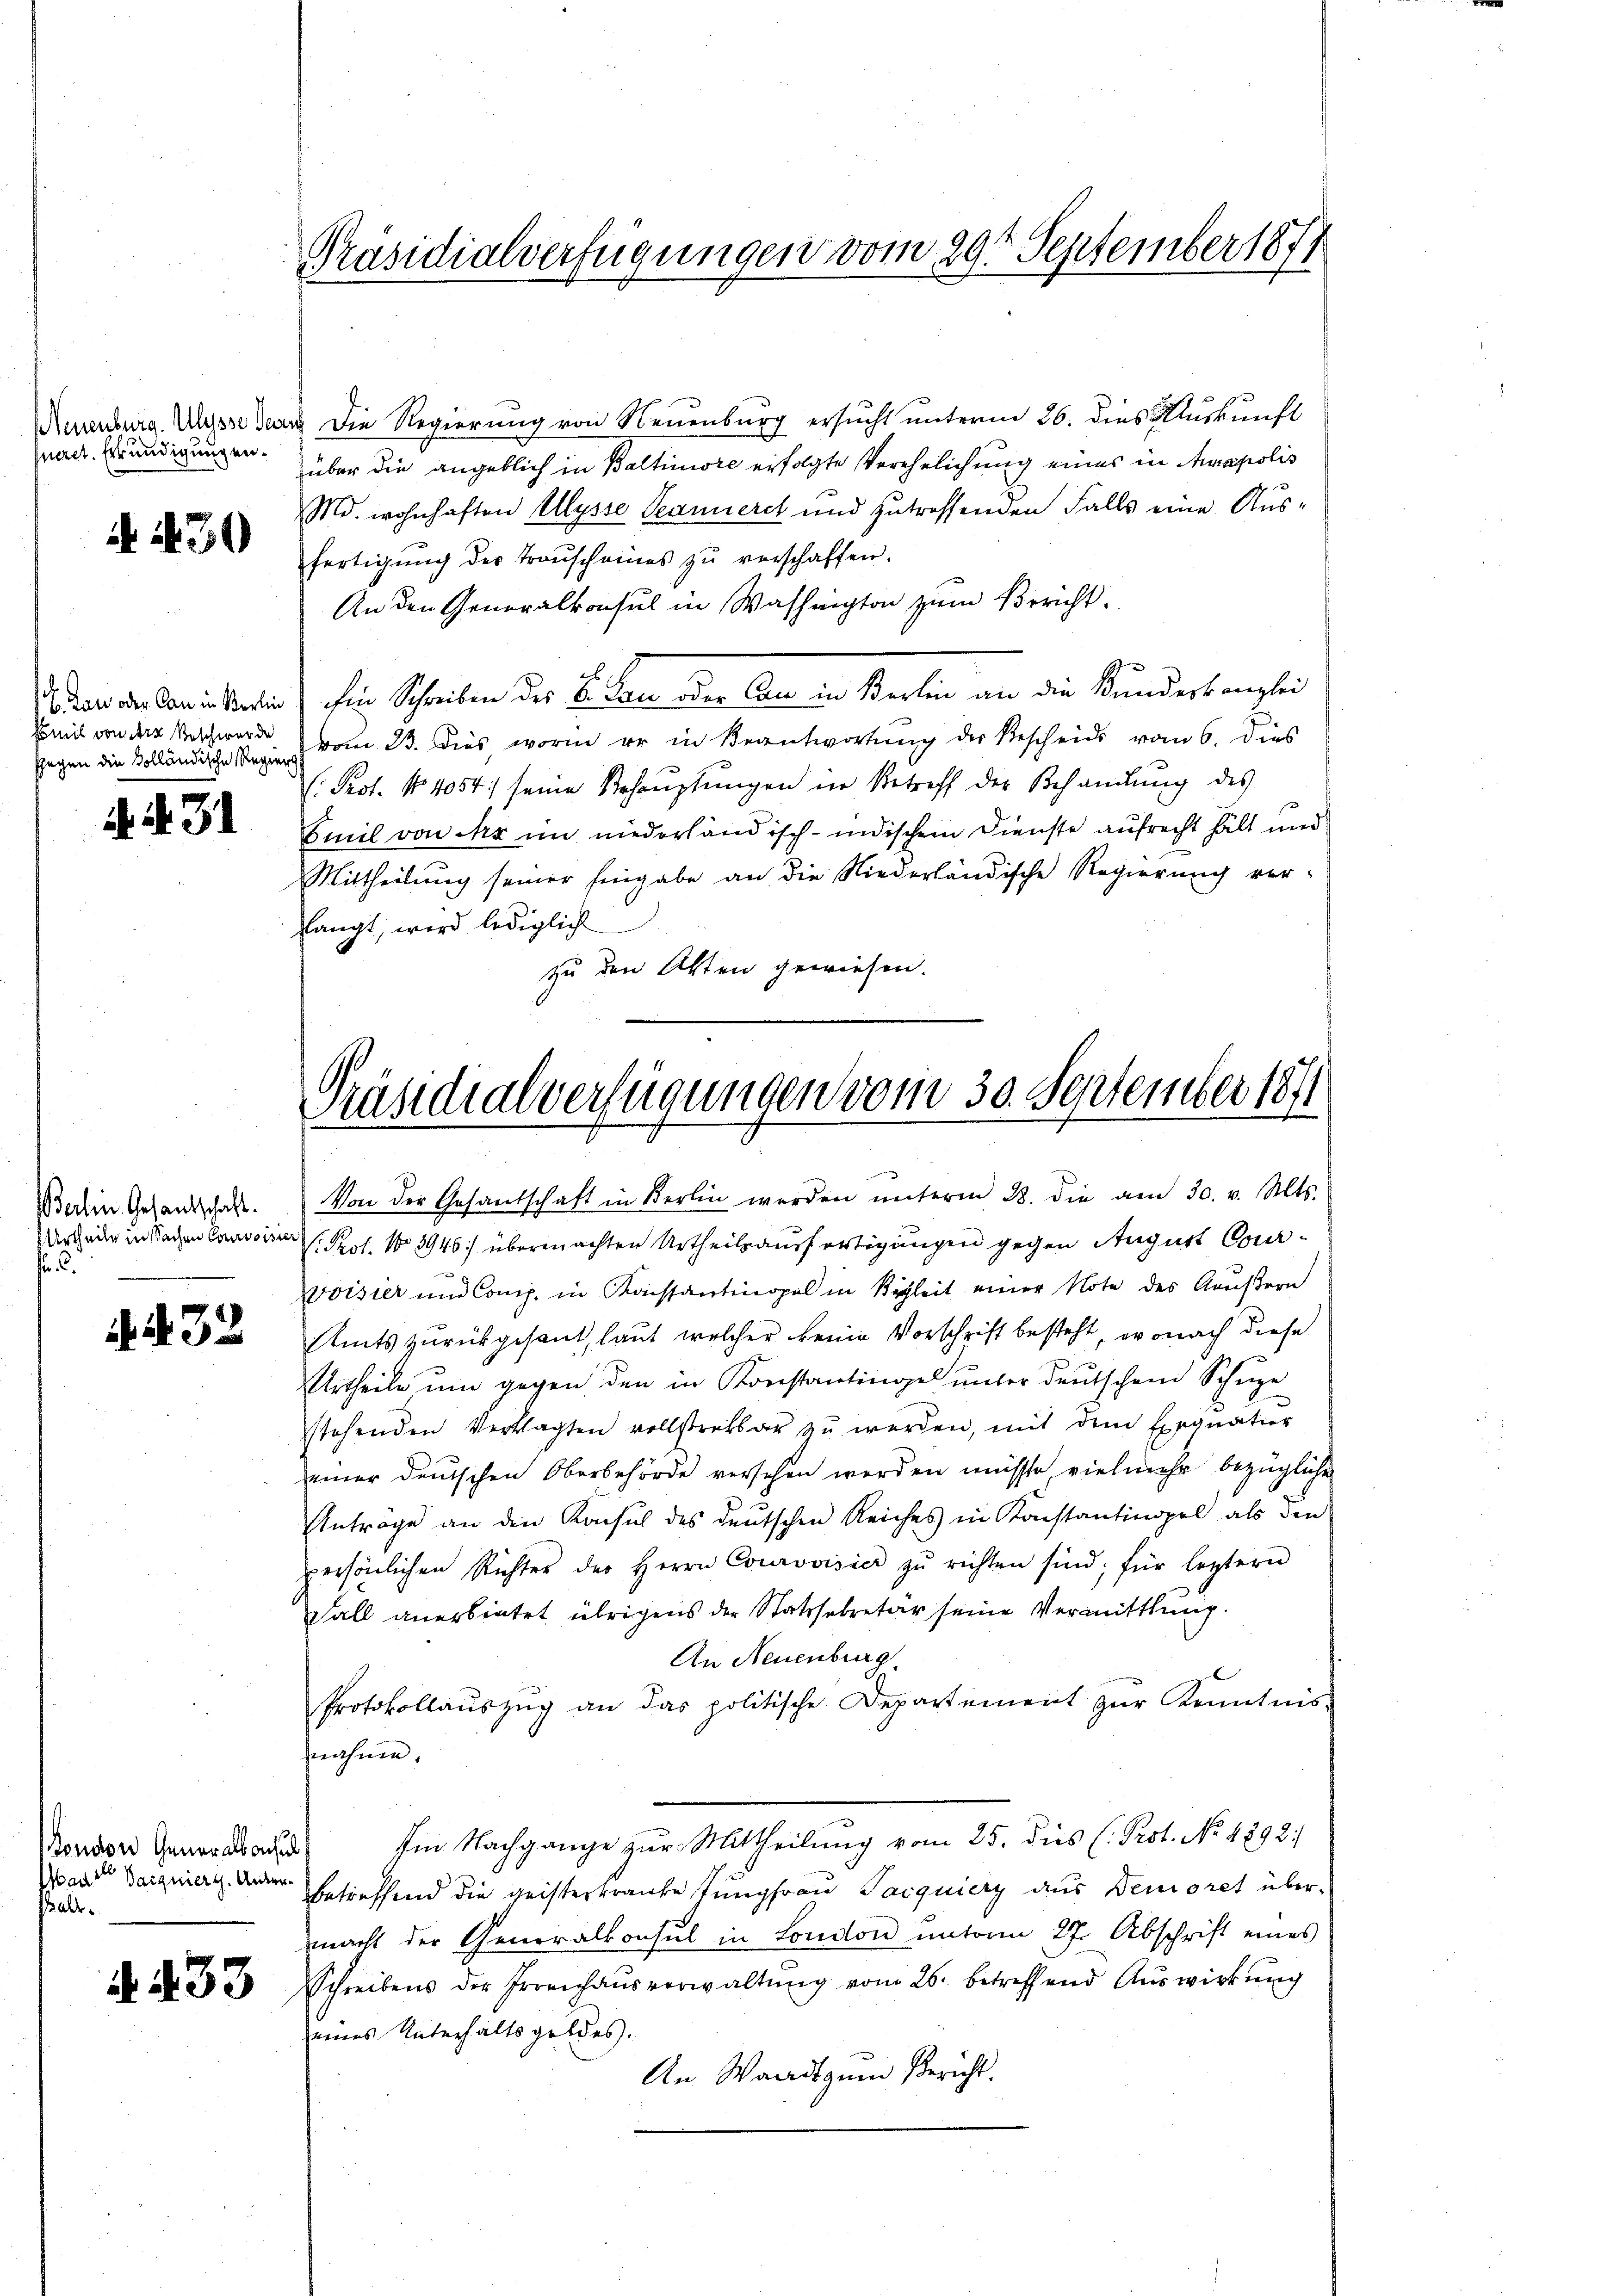
Neuenburg. Ulysse Sever
queret. Erkundigungen.

N 130

17. Jan oder Can in Berlin
Emil von Art Beschwerde
Gegen die Kolländische Regier

A.431

Berlin Gesandtschaft.
F. C.

4432

ondor Generalkonsul
Maut Pasquiert. Unter¬
Talt.

. 433

Präsidialverfügungen vom 29t September 1871

a. Die Regierung von Neuenburg ersucht unterm 26. dies Auskunft
über die angeblich in Baltimiore erfolgte Verehelichung eines in Amapolis
Md. wohnhaften Ulysse Peanieret und zutreffenden Falls eine Ausfertigung des Transcheines zŭ verschaffen.
An den Generalkonsul in Washington zum Bericht.
chen Schreiben des Er den der Amt in Kerken an die Kundert ausler
vom 23. Dies worin er in Beantwortung der Bescheid vom 6. dies
. Prot. No. 4054) seine Behauptungen in Betreff der Behandlung des
Emil von Arx im niederländisch-indischem Dienste aufrecht hält und
Mittheilung seiner Eingabe an die Niederländische Regierung verslangt, wird lediglich
zu den Akten gewiesen.

Präsidialverfügungen vom 30. September 184

Von der Gesandschaft in Berlin werden ŭnterm 28. die am 30. v. Mts.
Ueceder in Sachen Convoisir H. Prot. No 3946: übermachten Urtheilsausfertigungen gegen August Con¬
Woisier und Comp. in Kaissantinopel in Begleit einer Note des Aeußern
Amts zurückgesant, laut welcher keine Vorschrift besteht, wonach diese
UUrtheile um gegen den in Konstantingel unter deutschen Schupe
stehenden Verklagten vollstretbar zŭ werden, mit dem Exequation
einer deutschen Oberbehörde versehen werden müsste, vielmehr bezügliche
Anträge an den Konsul des deutschen Reiches in Konstantinopel als den
persönlichen Richter des Herrn Courvoisier zŭ richten sind, für letztern
Fall anerbietet übrigens der Statssekretär seine Vermittlung.
An Neuenburg.
Protokollaŭszŭg an das politische Departement zŭr Kenntnis-
nähme.
Im Nachgange zur Mittheilung vom 25. dies (Prot. No. 4892/
betreffend die geisterkranke stungfrau Jacquiery aus Demoret über-
macht der Generalkonsul in London unterm 27. Abschrift eines
Schreibens der Erreichausverwaltŭng vom 26. betreffend Auswirkung
seines Unterhaltsgeldes.
An Waadt zum Bericht.